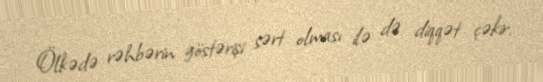
Ölkədə rəhbərin göstərişi sərt olması ilə də diqqət çəkir.